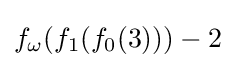
f_{\omega }(f_{1}(f_{0}(3)))-2